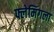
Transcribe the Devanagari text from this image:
फ्लेमिंगला